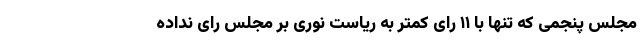
مجلس پنجمی که تنها با ۱۱ رای کمتر به ریاست نوری بر مجلس رای نداده